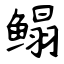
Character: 鳎